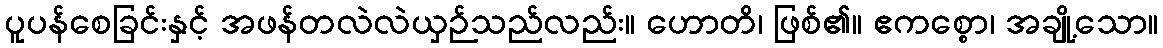
ပူပန်စေခြင်းနှင့် အဖန်တလဲလဲယှဉ်သည်လည်း။ ဟောတိ၊ ဖြစ်၏။ ဧကစ္စော၊ အချို့သော။